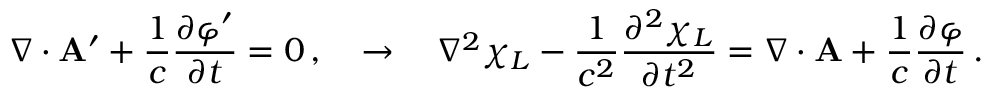
\nabla \cdot { \bf A } ^ { \prime } + \frac { 1 } { c } \frac { \partial \varphi ^ { \prime } } { \partial t } = 0 \, , \quad \to \quad \nabla ^ { 2 } \chi _ { L } - \frac { 1 } { c ^ { 2 } } \frac { \partial ^ { 2 } \chi _ { L } } { \partial t ^ { 2 } } = \nabla \cdot { \bf A } + \frac { 1 } { c } \frac { \partial \varphi } { \partial t } \, .